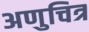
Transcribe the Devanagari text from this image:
अणुचित्र